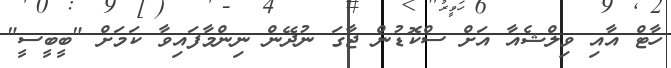
ހާޓް އާއި ވިލްޝެއާ އަށް ސްކޮޑުން ޖާގަ ނުދޭން ނިންމާފައިވާ ކަމަށް "ބީބީސީ"